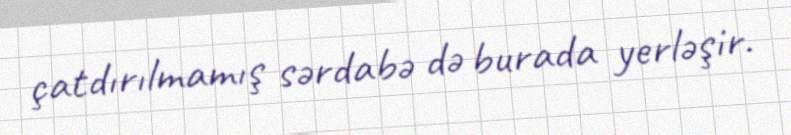
çatdırılmamış sərdabə də burada yerləşir.